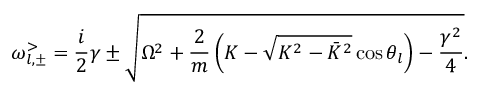
\omega _ { l , \pm } ^ { > } = \frac { i } { 2 } \gamma \pm \sqrt { \Omega ^ { 2 } + \frac { 2 } { m } \left( K - \sqrt { K ^ { 2 } - \bar { K } ^ { 2 } } \cos \theta _ { l } \right) - \frac { \gamma ^ { 2 } } { 4 } } .